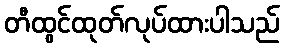
တီထွင်ထုတ်လုပ်ထားပါသည်